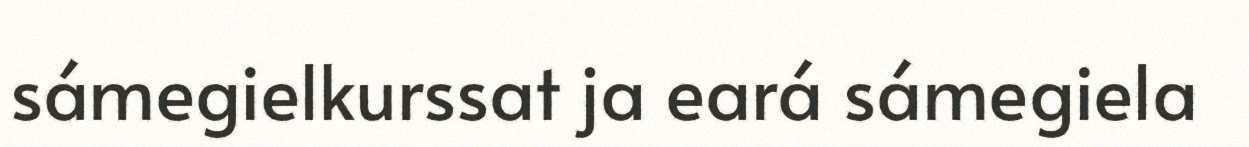
sámegielkurssat ja eará sámegiela